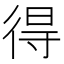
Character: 得